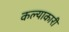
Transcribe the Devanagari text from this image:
कल्याकारी